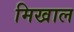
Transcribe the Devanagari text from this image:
मिखाल